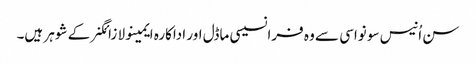
سن اُنیس سو نواسی سے وہ فرانسیسی ماڈل اور اداکارہ ایمینولا زائگنر کے شوہر ہیں۔